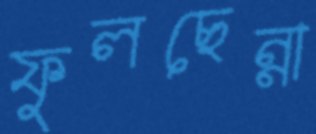
ফুলছেন্না